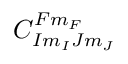
C _ { I m _ { I } J m _ { J } } ^ { F m _ { F } }